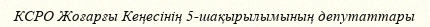
КСРО Жоғарғы Кеңесінің 5-шақырылымының депутаттары